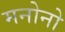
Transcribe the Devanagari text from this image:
मनोनो